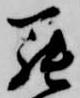
罷